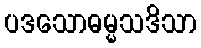
ပဒသောဓမ္မသဒိသာ